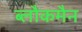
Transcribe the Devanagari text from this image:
ब्लौकमैन